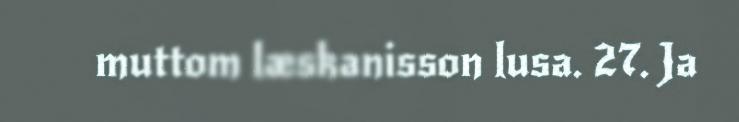
muttom læskanisson lusa. 27. Ja